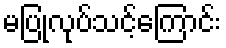
မပြုလုပ်သင့်ကြောင်း